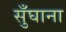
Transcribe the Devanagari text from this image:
सुँघाना